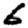
Digit: 6